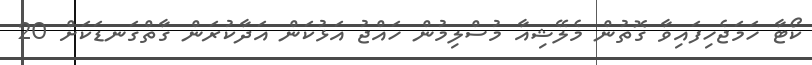
ކޯޓާ ހަމަޖެހިފައިވާ ގޮތުން މެލޭޝިއާ މުސްލިމުން ހައްޖު އަޅުކަން އަދާކުރަން ގާތްގަނޑަކަށް 20